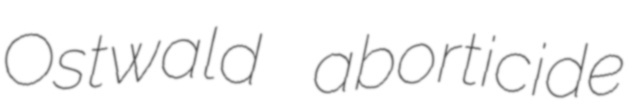
Ostwald aborticide